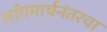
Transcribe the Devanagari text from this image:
लाँगमार्चनंतरचा